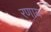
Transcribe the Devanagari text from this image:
रणाय